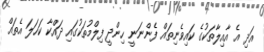
އަދި އެ އާއިލާތަކުގެ ކައިވެނިތައް ފެންނަނީ ހިންދީ ފިލްމުތަކުގައި ދައްކާ ކަހަލަ އެތައް